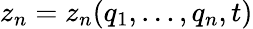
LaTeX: z_{n}=z_{n}(q_{1},\dots,q_{n},t)